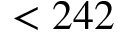
< 2 4 2